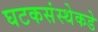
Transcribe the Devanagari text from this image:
घटकसंस्थेकडे